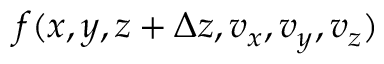
f ( x , y , z + \Delta z , v _ { x } , v _ { y } , v _ { z } )